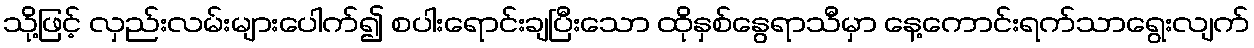
သို့ဖြင့် လှည်းလမ်းများပေါက်၍ စပါးရောင်းချပြီးသော ထိုနှစ်နွေရာသီမှာ နေ့ကောင်းရက်သာရွေးလျက်